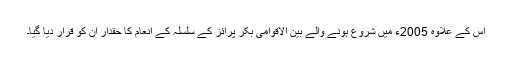
اس کے علاوہ 2005ء میں شروع ہونے والے بین الاقوامی بُکر پرائز کے سلسلہ کے انعام کا حقدار ان کو قرار دیا گیا۔